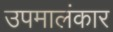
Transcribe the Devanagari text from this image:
उपमालंकार